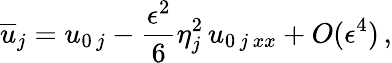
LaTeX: {\overline{{u}}}_{j}=u_{0\, j}-\frac{\epsilon^{2}}{6}\eta_{j}^{2}\, u_{0\, j\, xx}+O(\epsilon^{4})\, ,